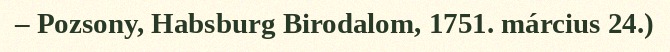
– Pozsony, Habsburg Birodalom, 1751. március 24.)